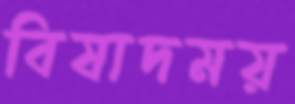
বিষাদময়